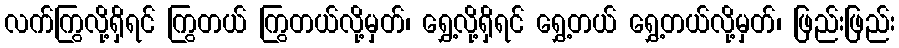
လက်ကြွလို့ရှိရင် ကြွတယ် ကြွတယ်လို့မှတ်၊ ရွှေ့လို့ရှိရင် ရွှေ့တယ် ရွှေ့တယ်လို့မှတ်၊ ဖြည်းဖြည်း